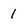
Character: 1